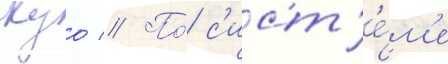
куо // По́ с'ист'е́м'е